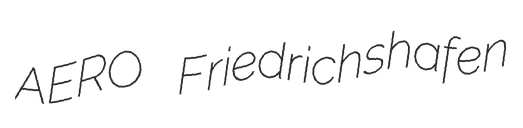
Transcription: AERO Friedrichshafen